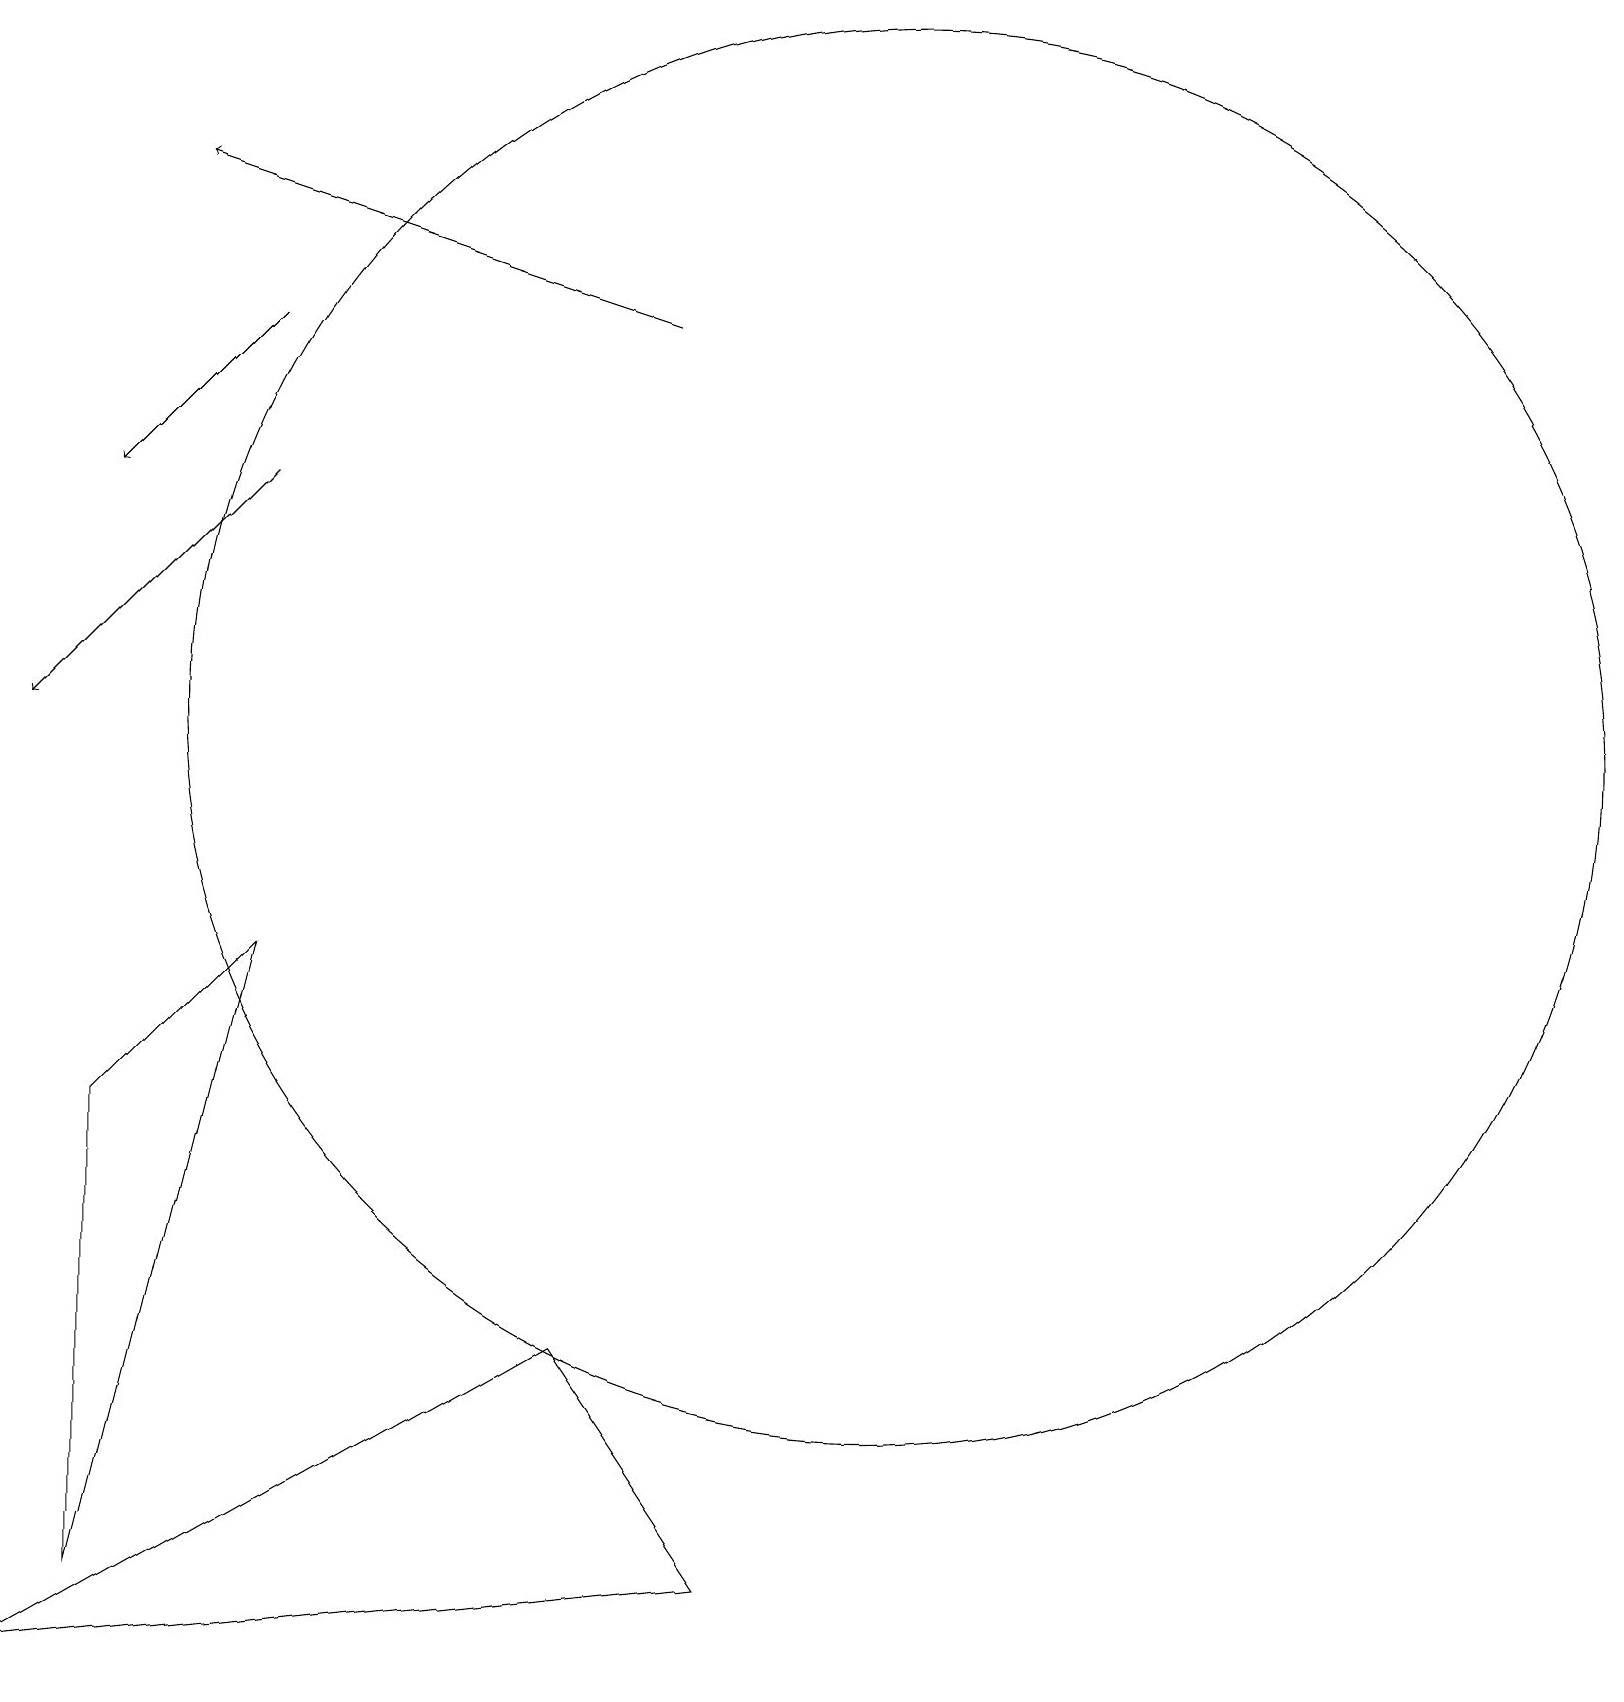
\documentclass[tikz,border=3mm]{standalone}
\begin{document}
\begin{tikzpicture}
\draw[->] (8,17) -- (2,19);
\draw (0,0) -- (9,1) -- (7,4) -- cycle;
\draw[->] (3,17) -- (1,15);
\draw (11,12) circle (9);
\draw[->] (3,15) -- (0,12);
\draw (1,1) -- (1,7) -- (3,9) -- cycle;
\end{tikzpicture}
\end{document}